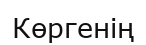
Көргенің